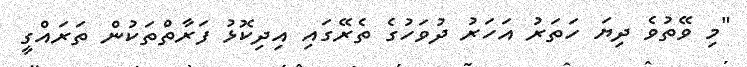
"މި ވޭތުވެ ދިޔަ ހަތަރު އަހަރު ދުވަހުގެ ތެރޭގައި އިދިކޮޅު ފަރާތްތަކުން ތަރައްގީ